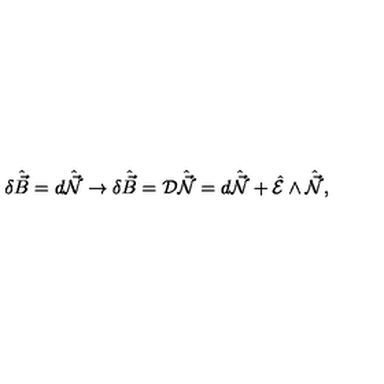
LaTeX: \delta \hat { \vec { B } } = d \hat { \vec { \cal N } } \rightarrow \delta \hat { \vec { B } } = { \cal D } \hat { \vec { \cal N } } = d \hat { \vec { \cal N } } + \hat { \cal E } \wedge \hat { \vec { \cal N } } ,